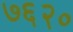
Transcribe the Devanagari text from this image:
७६२०